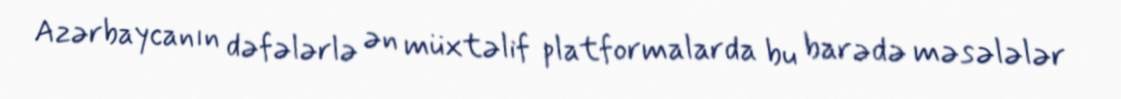
Azərbaycanın dəfələrlə ən müxtəlif platformalarda bu barədə məsələlər